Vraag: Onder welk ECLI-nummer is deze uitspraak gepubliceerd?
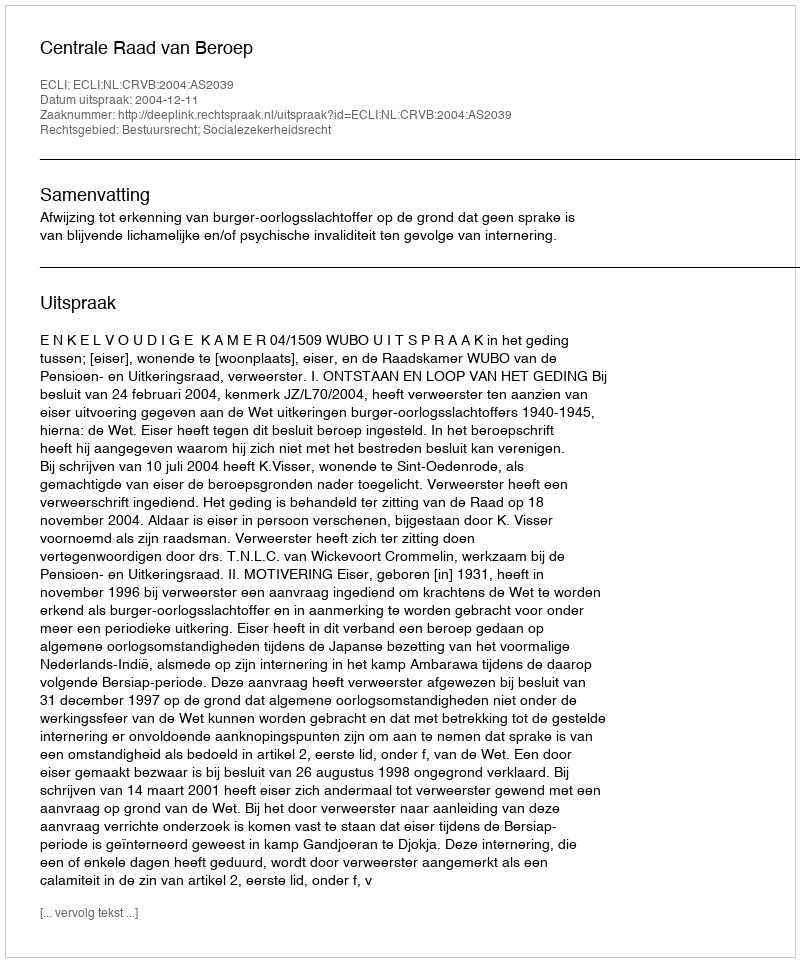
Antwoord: ECLI:NL:CRVB:2004:AS2039